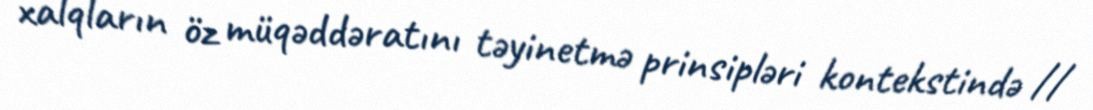
xalqların öz müqəddəratını təyinetmə prinsipləri kontekstində //